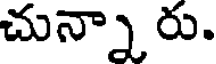
చున్నా రు.